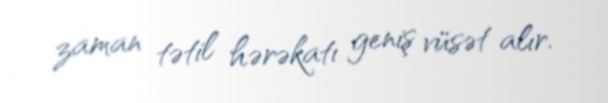
zaman tətil hərəkatı geniş vüsət alır.